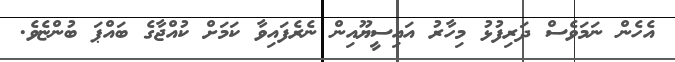
އެހެން ނަމަވެސް ދަރިފުޅު މިހާރު އައިސީޔޫއިން ނެރެފައިވާ ކަމަށް ކުއްޖާގެ ބައްޕަ ބުންޏެވެ.